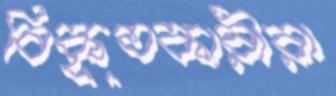
বিকৃতকারীরা